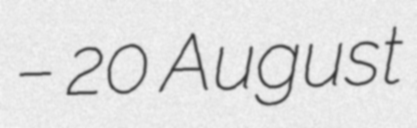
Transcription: – 20 August